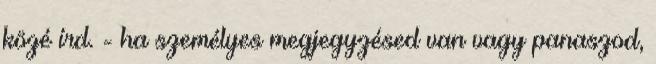
közé írd. - ha személyes megjegyzésed van vagy panaszod,